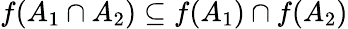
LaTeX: f(A_{1}\cap A_{2})\subseteq f(A_{1})\cap f(A_{2})